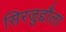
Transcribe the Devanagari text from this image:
सिरजुद्दौला